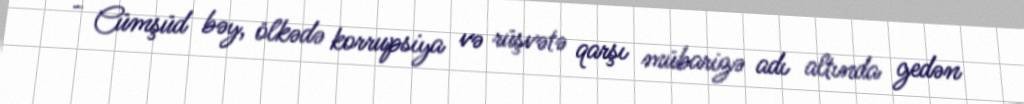
- Cümşüd bəy, ölkədə korrupsiya və rüşvətə qarşı mübarizə adı altında gedən